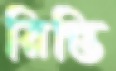
রিন্তি